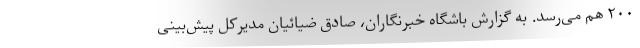
۲۰۰ هم می‌رسد. به گزارش باشگاه خبرنگاران، صادق ضیائیان مدیرکل پیش‌بینی